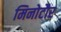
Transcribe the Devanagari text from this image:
मिनोटौर